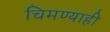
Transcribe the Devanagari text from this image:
चिमण्याही